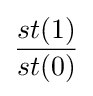
{\frac {st(1)}{st(0)}}